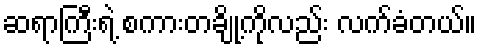
ဆရာကြီးရဲ့ စကားတချို့ကိုလည်း လက်ခံတယ်။